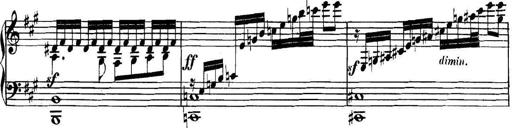
Title: Collected Piano Sonatas
Composer: Muzio Clementi